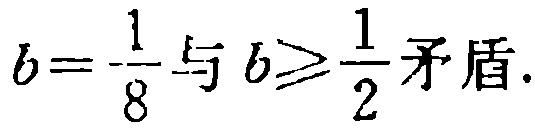
\(b = \frac{1}{8}与b\geqslant\frac{1}{2}矛盾.\)